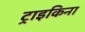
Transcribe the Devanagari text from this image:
ट्राइकिना